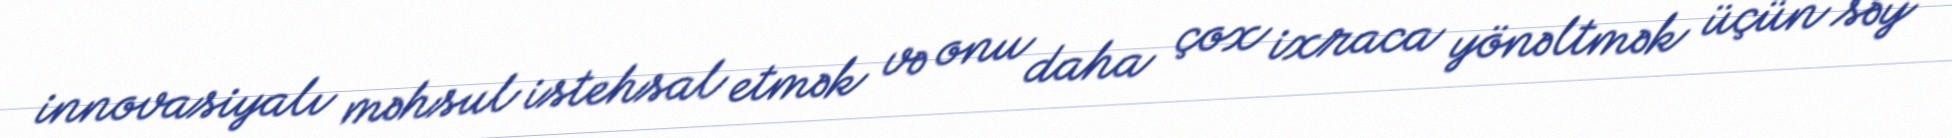
innovasiyalı məhsul istehsal etmək və onu daha çox ixraca yönəltmək üçün səy